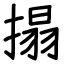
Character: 搨